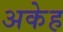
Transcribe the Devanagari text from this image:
अकेह